Indian journal of veterinary science and animal husbandry - Volume 8,
Year: 1938
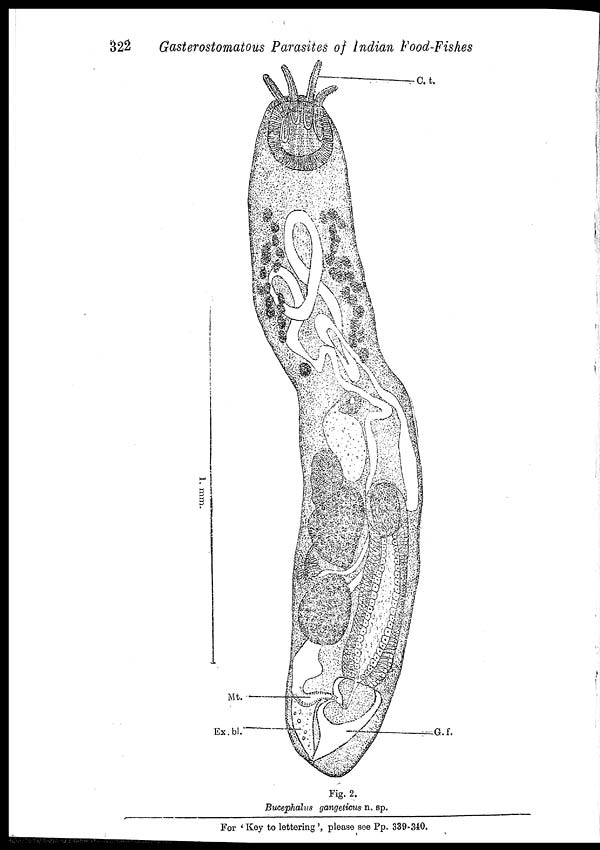
322
Gasterostomatous Parasites of Indian Food-Fishes
Fig. 2.
Bucephalus gangeticus n. sp.
For ' Key to lettering ', please see Pp. 339-340.